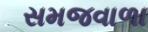
સમજવાળા